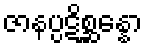
ဇာနပ္ပဋိစ္ဆန္နော